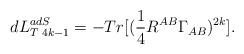
LaTeX: \begin{align*}dL_{T\;4k-1}^{adS}=-Tr[(\frac{1}{4}R^{AB}\Gamma _{AB})^{2k}]. \end{align*}